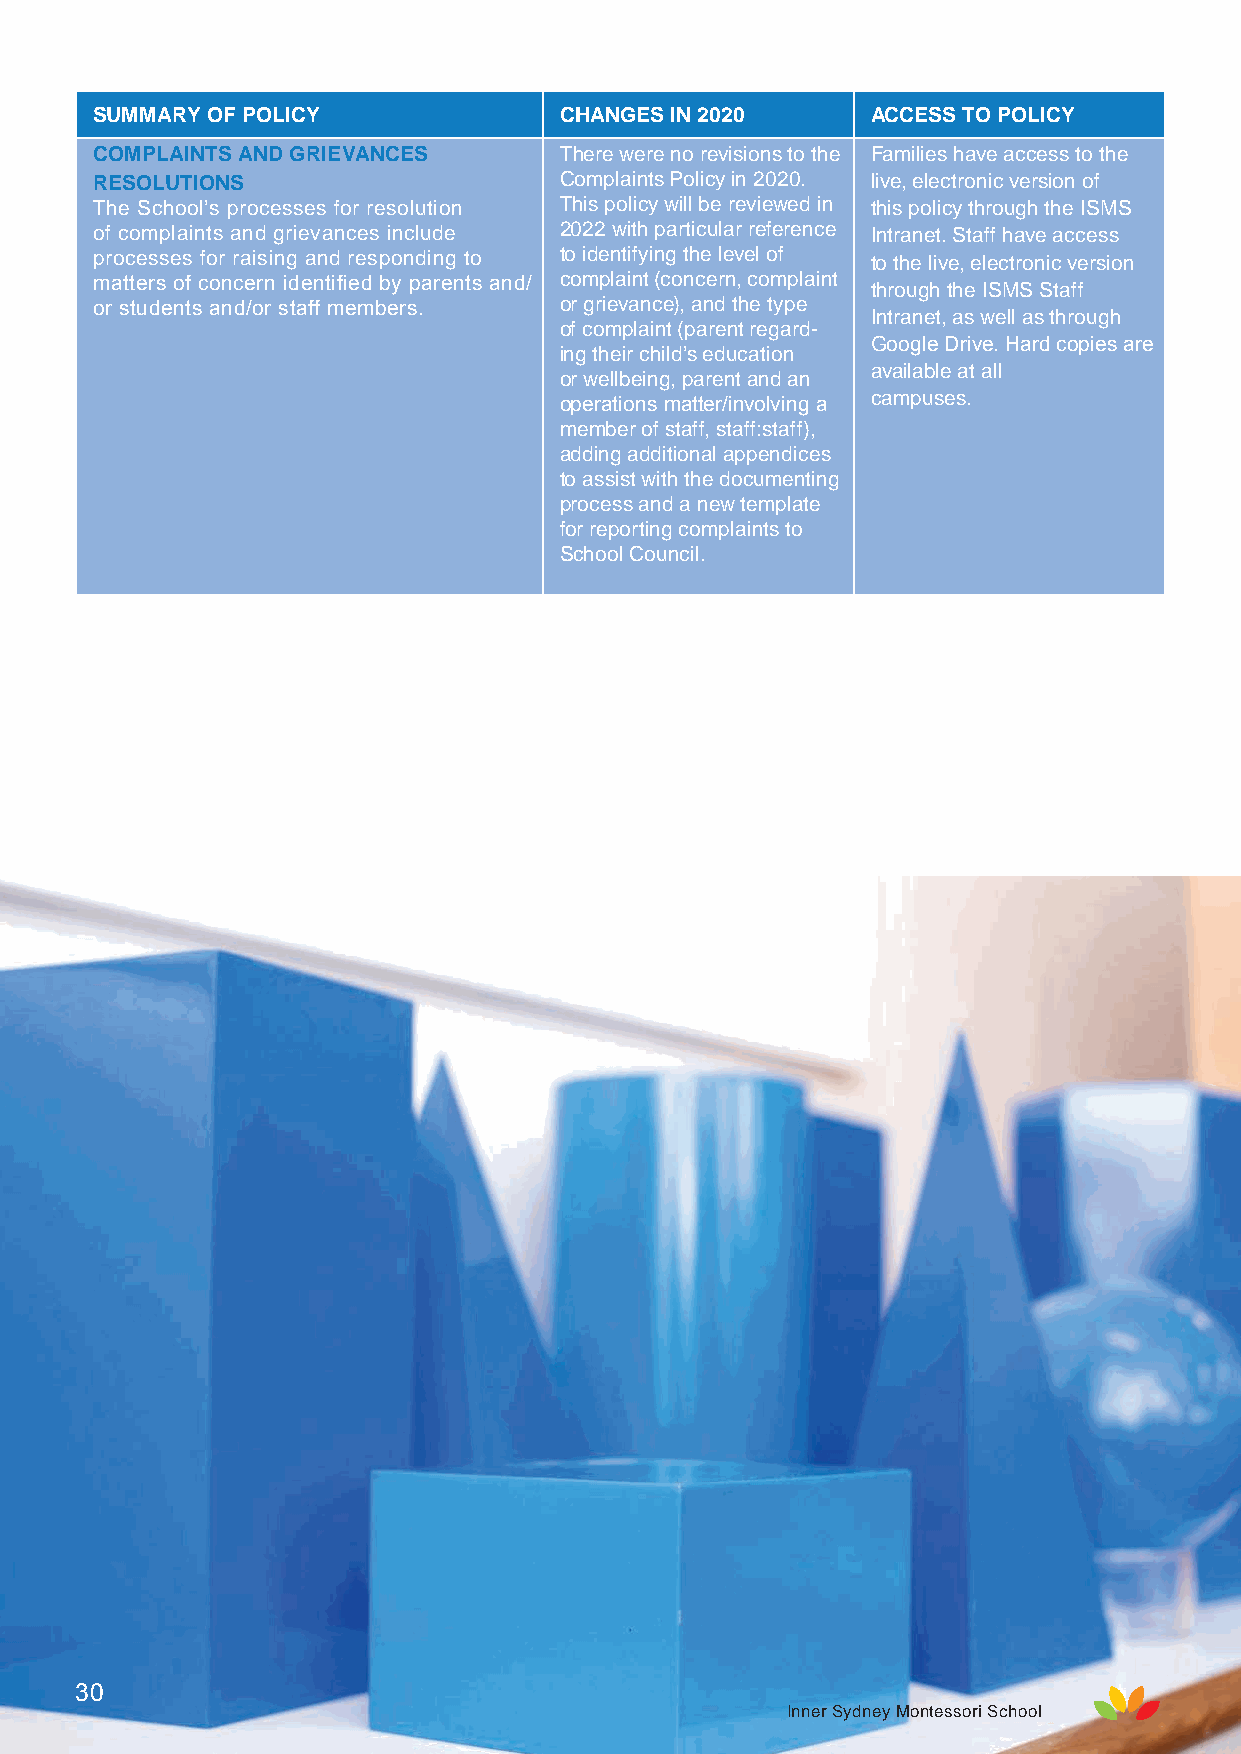
SUMMARY OF POLICY              CHANGES IN 2020      ACCESS TO POLICY
 COMPLAINTS AND GRIEVANCES      There were no revisions to the Families have access to the
 RESOLUTIONS                    Complaints Policy in 2020. live, electronic version of
 The School’s processes for resolution This policy will be reviewed in this policy through the ISMS
 of complaints and grievances include 2022 with particular reference Intranet. Staff have access
 processes for raising and responding to to identifying the level of to the live, electronic version
 matters of concern identified by parents and/ complaint (concern, complaint through the ISMS Staff
 or students and/or staff members. or grievance), and the type
 Intranet, as well as through
 of complaint (parent regard-
 Google Drive. Hard copies are
 ing their child’s education
 available at all
 or wellbeing, parent and an
 operations matter/involving a campuses.
 member of staff, staff:staff),
 adding additional appendices
 to assist with the documenting
 process and a new template
 for reporting complaints to
 School Council.
 30
 Inner Sydney Montessori School